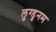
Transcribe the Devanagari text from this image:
लुग्डुनम